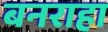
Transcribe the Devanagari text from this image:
बनराहा